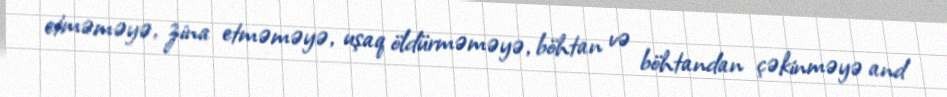
etməməyə, zina etməməyə, uşaq öldürməməyə, böhtan və böhtandan çəkinməyə and